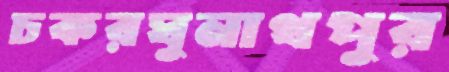
চকরঘুনাথপুর